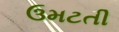
ઉમટતી